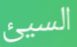
السيئ